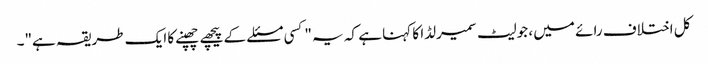
کل اختلاف رائے میں ، جولیٹ سمیرلڈا کا کہنا ہے کہ یہ "کسی مسئلے کے پیچھے چھپنے کا ایک طریقہ ہے"۔